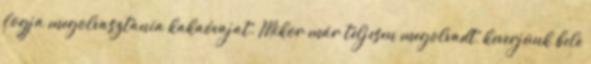
fogja megolvasztania kakaóvajat. Mikor már teljesen megolvadt, keverjünk bele